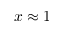
x \approx 1